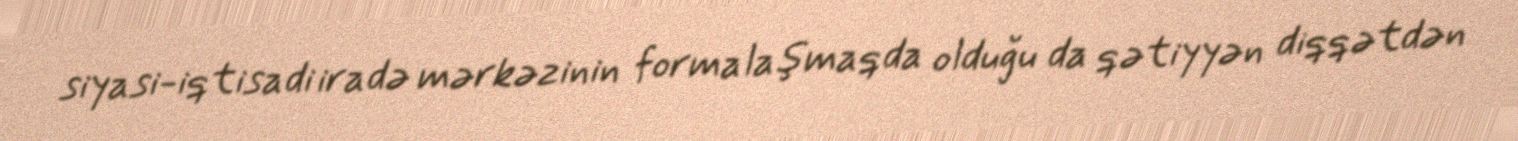
siyasi-iqtisadi iradə mərkəzinin formalaşmaqda olduğu da qətiyyən diqqətdən